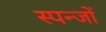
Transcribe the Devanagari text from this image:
स्पन्जों